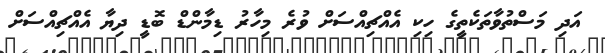
އަދި މަސްތުވާތަކެތީގެ ހިކި އެއްޗިއްސަށް ވުރެ މިހާރު ޑިމާންޑް ބޮޑީ ދިޔާ އެއްޗިއްސަށް